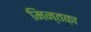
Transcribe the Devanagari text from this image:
मिन्तक़ा